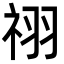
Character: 祤